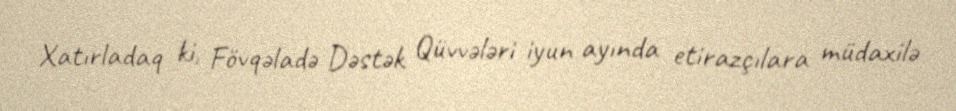
Xatırladaq ki, Fövqəladə Dəstək Qüvvələri iyun ayında etirazçılara müdaxilə